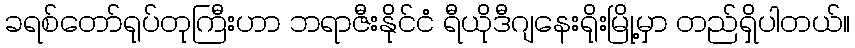
ခရစ်တော်ရုပ်တုကြီးဟာ ဘရာဇီးနိုင်ငံ ရီယိုဒီဂျနေးရိုးမြို့မှာ တည်ရှိပါတယ်။